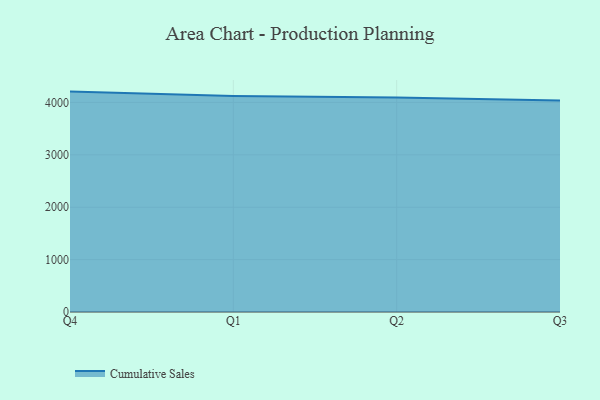
{"axis": {"x": "Quarter", "y": "Revenue (USD Million)"}, "legend": ["Cumulative Sales"], "data": [{"x": "Q4", "y": 4206.9, "type": "Cumulative Sales"}, {"x": "Q1", "y": 4122.0, "type": "Cumulative Sales"}, {"x": "Q2", "y": 4094.6, "type": "Cumulative Sales"}, {"x": "Q3", "y": 4038.7, "type": "Cumulative Sales"}]}